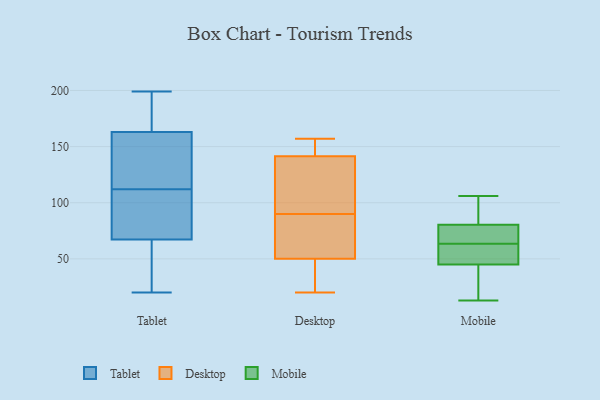
{"axis": {"x": "Shipments", "y": "Value"}, "legend": ["Desktop", "Mobile", "Tablet"], "data": [{"x": "", "y": 20, "type": "Tablet"}, {"x": "", "y": 104, "type": "Tablet"}, {"x": "", "y": 156, "type": "Tablet"}, {"x": "", "y": 192, "type": "Tablet"}, {"x": "", "y": 96, "type": "Tablet"}, {"x": "", "y": 131, "type": "Tablet"}, {"x": "", "y": 166, "type": "Tablet"}, {"x": "", "y": 65, "type": "Tablet"}, {"x": "", "y": 68, "type": "Tablet"}, {"x": "", "y": 112, "type": "Tablet"}, {"x": "", "y": 144, "type": "Tablet"}, {"x": "", "y": 192, "type": "Tablet"}, {"x": "", "y": 59, "type": "Tablet"}, {"x": "", "y": 75, "type": "Tablet"}, {"x": "", "y": 162, "type": "Tablet"}, {"x": "", "y": 20, "type": "Tablet"}, {"x": "", "y": 199, "type": "Tablet"}, {"x": "", "y": 157, "type": "Desktop"}, {"x": "", "y": 23, "type": "Desktop"}, {"x": "", "y": 48, "type": "Desktop"}, {"x": "", "y": 69, "type": "Desktop"}, {"x": "", "y": 52, "type": "Desktop"}, {"x": "", "y": 107, "type": "Desktop"}, {"x": "", "y": 139, "type": "Desktop"}, {"x": "", "y": 153, "type": "Desktop"}, {"x": "", "y": 104, "type": "Desktop"}, {"x": "", "y": 144, "type": "Desktop"}, {"x": "", "y": 20, "type": "Desktop"}, {"x": "", "y": 76, "type": "Desktop"}, {"x": "", "y": 36, "type": "Mobile"}, {"x": "", "y": 101, "type": "Mobile"}, {"x": "", "y": 73, "type": "Mobile"}, {"x": "", "y": 14, "type": "Mobile"}, {"x": "", "y": 13, "type": "Mobile"}, {"x": "", "y": 84, "type": "Mobile"}, {"x": "", "y": 61, "type": "Mobile"}, {"x": "", "y": 54, "type": "Mobile"}, {"x": "", "y": 77, "type": "Mobile"}, {"x": "", "y": 106, "type": "Mobile"}, {"x": "", "y": 62, "type": "Mobile"}, {"x": "", "y": 65, "type": "Mobile"}]}